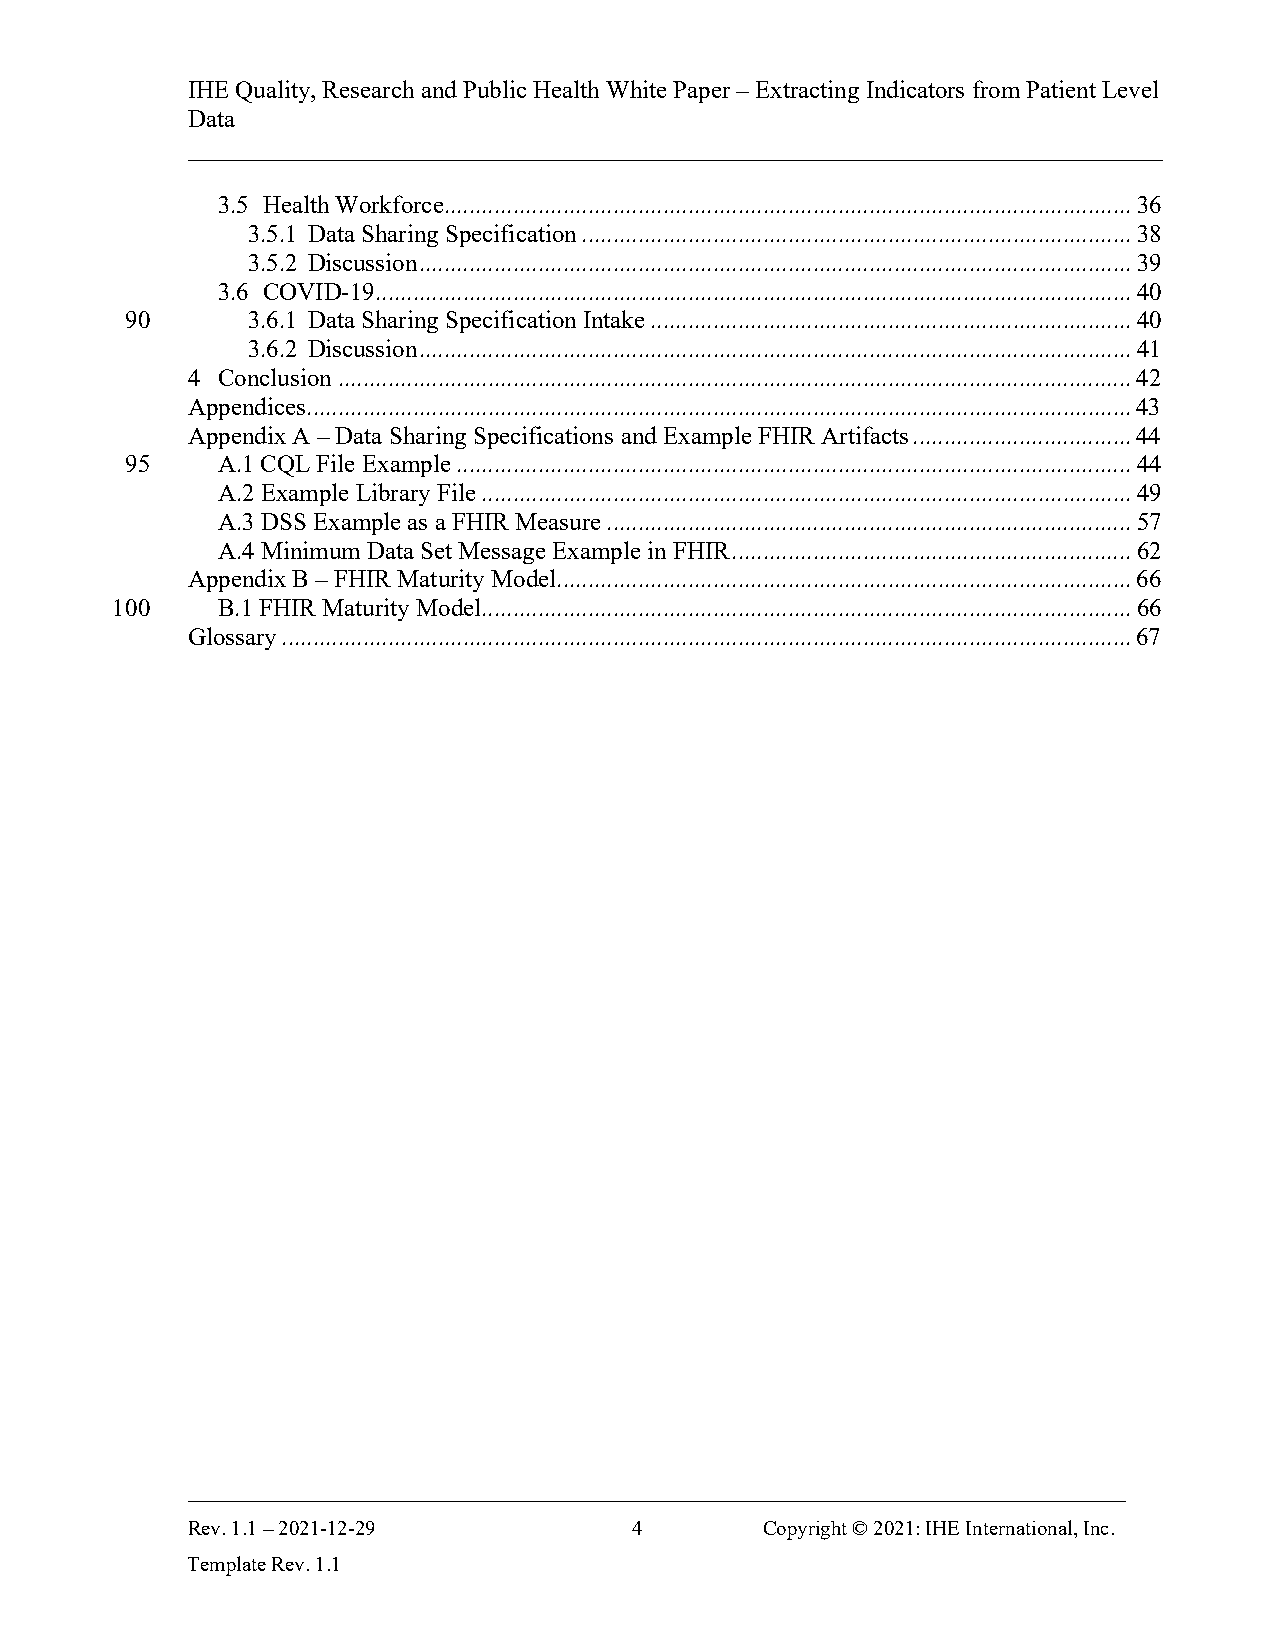
IHE Quality, Research and Public Health White Paper – Extracting Indicators from Patient Level
 Data
 ______________________________________________________________________________
 3.5 Health Workforce.............................................................................................................. 36
 3.5.1 Data Sharing Specification ........................................................................................ 38
 3.5.2 Discussion .................................................................................................................. 39
 3.6 COVID-19......................................................................................................................... 40
 90      3.6.1 Data Sharing Specification Intake ............................................................................. 40
 3.6.2 Discussion .................................................................................................................. 41
 4 Conclusion ............................................................................................................................... 42
 Appendices .................................................................................................................................... 43
 Appendix A – Data Sharing Specifications and Example FHIR Artifacts ................................... 44
 95    A.1 CQL File Example ............................................................................................................ 44
 A.2 Example Library File ........................................................................................................ 49
 A.3 DSS Example as a FHIR Measure .................................................................................... 57
 A.4 Minimum Data Set Message Example in FHIR ................................................................ 62
 Appendix B – FHIR Maturity Model............................................................................................ 66
 100    B.1 FHIR Maturity Model........................................................................................................ 66
 Glossary ........................................................................................................................................ 67
 ___________________________________________________________________________
 Rev. 1.1 – 2021-12-29         4       Copyright © 2021: IHE International, Inc.
 Template Rev. 1.1